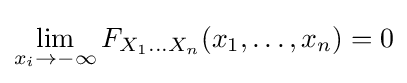
\lim _{x_{i}\to -\infty }F_{X_{1}\ldots X_{n}}(x_{1},\ldots ,x_{n})=0